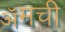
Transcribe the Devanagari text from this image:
ॲमची